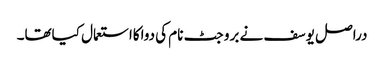
دراصل یوسف نے بروجٹ نام کی دواکااستعمال کیاتھا۔